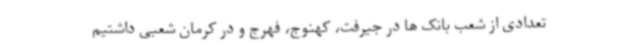
تعدادی از شعب بانک ها در جیرفت، کهنوج، فهرج و در کرمان شعبی داشتیم